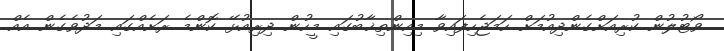
ވޯޓުލުން ކުރިއަށްގެންދިއުމަށް ހަމަޖެހިފައިވާ މިއިންތިޚާބުގައި މީހުން ދިރިއުޅޭ ކޮންމެ ރަށެއްގައި މަދުވެގެން އެއް